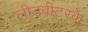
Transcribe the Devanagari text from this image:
लीडबीटरके